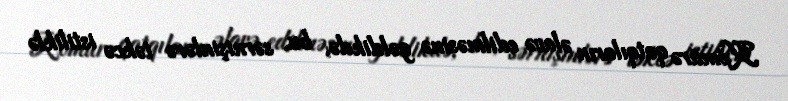
Kömürə qatqıların əlavə edilməsinə gəldikdə, bu, sərnişinlərə təkcə istiliklə